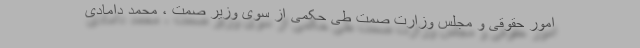
امور حقوقی و مجلس وزارت صمت طی حکمی از سوی وزیر صمت ، محمد دامادی